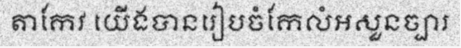
តាកែវ យើងបានរៀបចំកែលំអសួនច្បារ